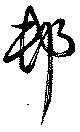
邨